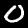
Label: 0